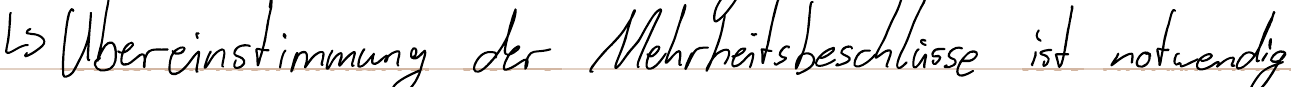
-> Übereinstimmung der Mehrheitsbeschlüsse ist notwendig